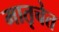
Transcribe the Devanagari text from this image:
मातृचेत